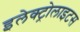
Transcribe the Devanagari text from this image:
इलेक्ट्रोलाइटस